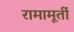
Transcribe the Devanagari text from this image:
रामामूर्ती